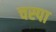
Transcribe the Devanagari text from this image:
चस्‍पा